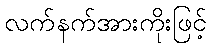
လက်နက်အားကိုးဖြင့်